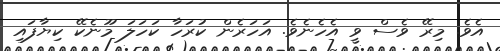
އެވެ. މިރޭ ވެސް ވީ އެހެނެވެ. އަހަރެން ކުރަހާ ކަހަލަ މޫނެކޭ ކިޔާފައި